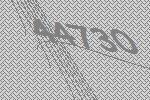
44730